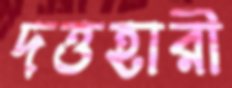
দত্তহারী